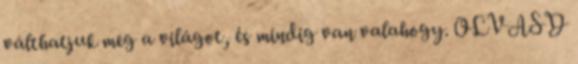
válthatjuk meg a világot, és mindig van valahogy. OLVASD